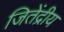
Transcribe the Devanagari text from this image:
जितेंद्रीय